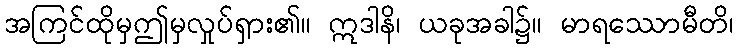
အကြင်ထိုမှဤမှလှုပ်ရှား၏။ ဣဒါနိ၊ ယခုအခါ၌။ မာရဿောမီတိ၊